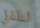
لطفلي